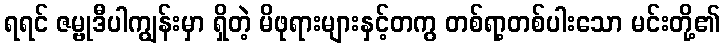
ရရင် ဇမ္ဗုဒီပါကျွန်းမှာ ရှိတဲ့ မိဖုရားများနှင့်တကွ တစ်ရာ့တစ်ပါးသော မင်းတို့၏